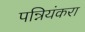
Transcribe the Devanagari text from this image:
पन्नियंकरा